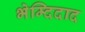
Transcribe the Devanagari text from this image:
भेम्दिदाद